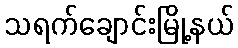
သရက်ချောင်းမြို့နယ်